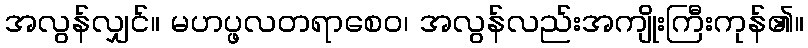
အလွန်လျှင်။ မဟပ္ဖလတရာစေဝ၊ အလွန်လည်းအကျိုးကြီးကုန်၏။